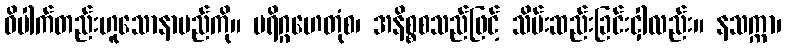
ဝိပါက်တည်းဟူသောနာမည်ကို။ ပရိဂ္ဂဟေတုံစ၊ အနိစ္စစသည်ဖြင့် သိမ်းဆည်းခြင်းငှါလည်း။ နသက္ကာ၊